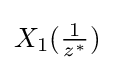
X_{1}({\tfrac {1}{z^{*}}})